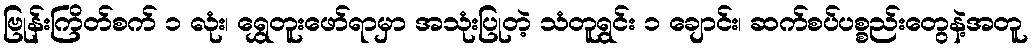
ဗြုန်းကြိတ်စက် ၁ လုံး၊ ရွှေတူးဖော်ရာမှာ အသုံးပြုတဲ့ သံတူရွင်း ၁ ချောင်း၊ ဆက်စပ်ပစ္စည်းတွေနဲ့အတူ